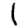
Digit: 1